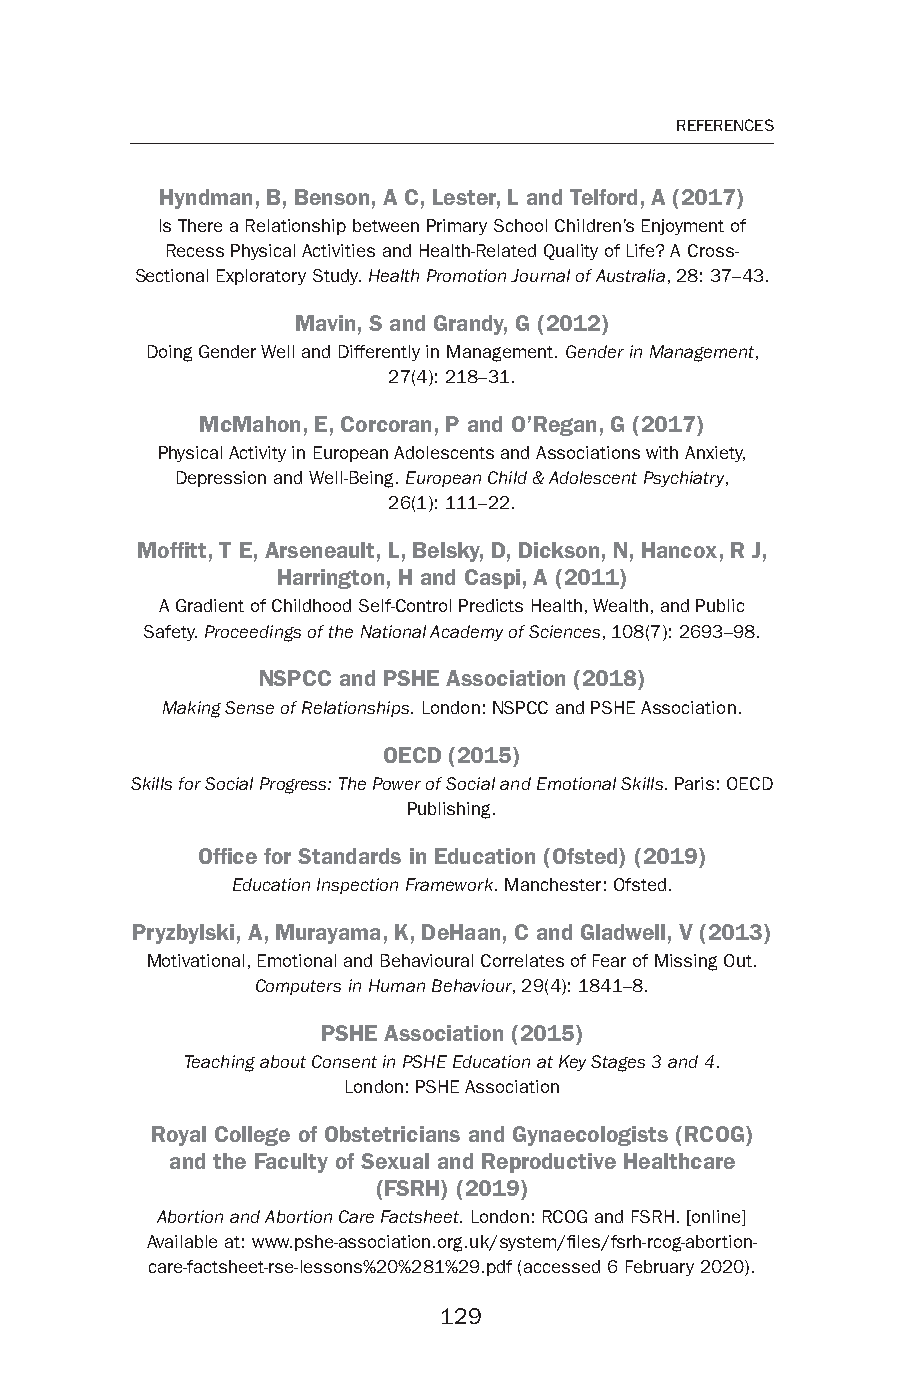
129
 REFERENCES
 Hyndman, B , Benson, A C , Lester , L and Telford , A ( 2017 )
 Is There a Relationship between Primary School Children’s Enjoyment of
 Recess Physical Activities and Health-R elated Quality of Life? A Cross-
 Sectional Exploratory Study . Health Promotion Journal of Australia , 28 : 37 – 43 .
 Mavin , S and Grandy , G ( 2012 )
 Doing Gender Well and Differently in Management. Gender in Management ,
 27 ( 4 ): 218 – 31 .
 McMahon, E , Corcoran, P and O’Regan, G ( 2017 )
 Physical Activity in European Adolescents and Associations with Anxiety,
 Depression and Well- Being . European Child & Adolescent Psychiatry ,
 26 ( 1 ): 111 – 22 .
 Moffi tt , T E , Arseneault, L , Belsky , D , Dickson , N , Hancox , R J ,
 Harrington, H and Caspi , A ( 2011 )
 A Gradient of Childhood Self-C ontrol Predicts Health, Wealth, and Public
 Safety . Proceedings of the National Academy of Sciences , 108 ( 7 ): 2693 – 98 .
 NSPCC and PSHE Association ( 2018 )
 Making Sense of Relationships . London : NSPCC and PSHE Association.
 OECD ( 2015 )
 Skills for Social Progress: The Power of Social and Emotional Skills . Paris : OECD
 Publishing .
 Offi ce for Standards in Education (Ofsted) ( 2019 )
 Education Inspection Framework . Manchester: Ofsted.
 Pryzbylski , A , Murayama , K , DeHaan, C and Gladwell , V ( 2013 )
 Motivational, Emotional and Behavioural Correlates of Fear of Missing Out.
 Computers in Human Behaviour , 29 ( 4 ): 1841 – 8 .
 PSHE Association ( 2015 )
 Teaching about Consent in PSHE Education at Key Stages 3 and 4 .
 London : PSHE Association
 Royal College of Obstetricians and Gynaecologists (RCOG)
 and the Faculty of Sexual and Reproductive Healthcare
 (FSRH) ( 2019 )
 Abortion and Abortion Care Factsheet . London : RCOG and FSRH. [online]
 Available at: w ww.pshe-a ssociation.org.uk/s ystem/fi les/ fsrh-r cog- abortion-
 care- factsheet-r se- lessons%20%281%29.pdf (accessed 6 February 2020).
 129
 99778811991133006633665588__ppii--113300..iinndddd 112299 0044--MMaarr--2200 2200::3300::2211